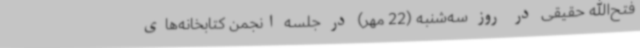
فتح‌الله حقیقی در روز سه‌شنبه (22 مهر) در جلسه انجمن کتابخانه‌های